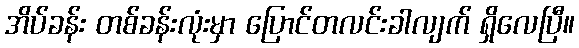
အိပ်ခန်း တစ်ခန်းလုံးမှာ ပြောင်တလင်းခါလျက် ရှိလေပြီ။